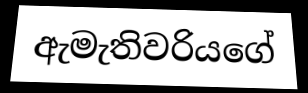
ඇමැතිවරියගේ